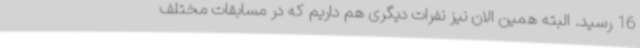
16 رسید. البته همین الان نیز نفرات دیگری هم داریم که در مسابقات مختلف